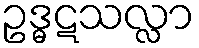
ဥဒ္ဓဋသလ္လာ